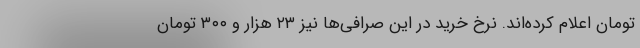
تومان اعلام کرده‌اند. نرخ خرید در این صرافی‌ها نیز ۲۳ هزار و ۳۰۰ تومان